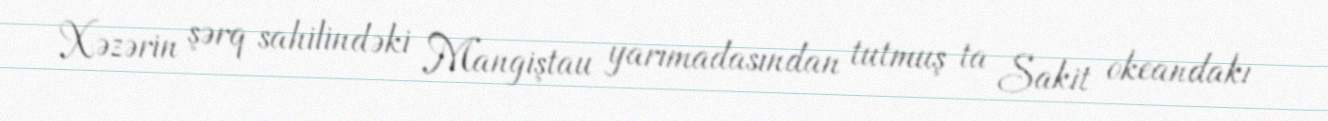
Xəzərin şərq sahilindəki Mangiştau yarımadasından tutmuş ta Sakit okeandakı